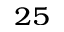
^ { 2 5 }